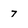
Character: 7